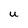
Character: U